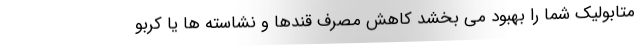
متابولیک شما را بهبود می بخشد کاهش مصرف قندها و نشاسته ها یا کربو